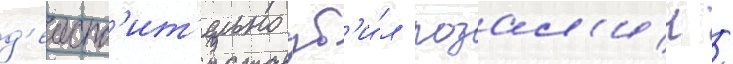
д'еиств'ит'ельно уб'и́л розал'ин /